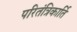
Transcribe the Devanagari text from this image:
परितंत्रिकार्ति